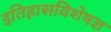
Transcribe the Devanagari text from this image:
इतिहासविशेषज्ञ